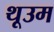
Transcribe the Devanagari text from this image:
थूउम